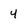
Character: 4